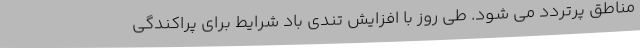
مناطق پرتردد می شود. طی روز با افزایش تندی باد شرایط برای پراکندگی